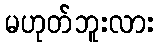
မဟုတ်ဘူးလား